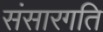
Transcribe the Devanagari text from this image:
संसारगति